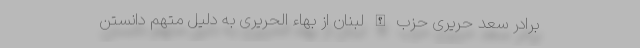
برادر سعد حریری حزب الله لبنان از بهاء الحریری به دلیل متهم دانستن